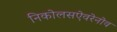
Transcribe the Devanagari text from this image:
निकोलसऐवरेनोव